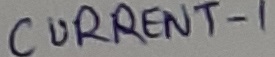
Text: CURRENT-1